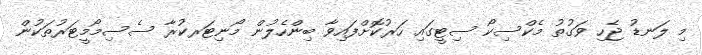
މި ލަނޑު ޖެހި ވަގުތު މެކްސިކޯ ސިޓީގައި ހަރުކޮށްފައިވާ ބިންހެލުން މޯނިޓަރކުރާ ސެސިމޯމީޓަރުތަކުން